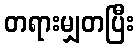
တရားမျှတပြီး